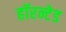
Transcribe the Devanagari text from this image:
हॉरन्टेड